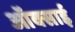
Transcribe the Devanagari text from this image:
ऑक्साई